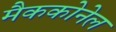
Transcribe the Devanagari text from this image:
मैककोनेल